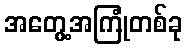
အတွေ့အကြုံတစ်ခု